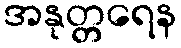
အနုတ္တရေန